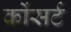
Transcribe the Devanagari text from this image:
कोंसर्ट